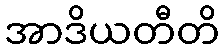
အာဒိယတီတိ